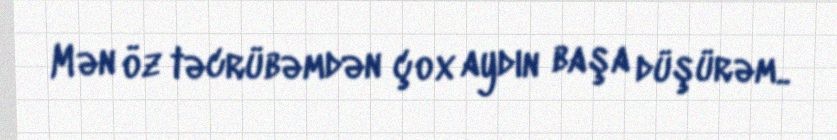
Mən öz təcrübəmdən çox aydın başa düşürəm..